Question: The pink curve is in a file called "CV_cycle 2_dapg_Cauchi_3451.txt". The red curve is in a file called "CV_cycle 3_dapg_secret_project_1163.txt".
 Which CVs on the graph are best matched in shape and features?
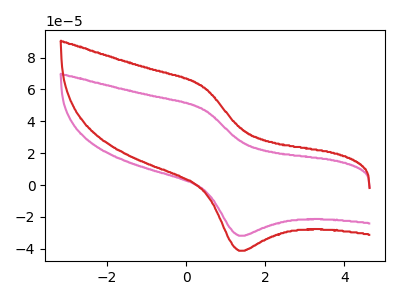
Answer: <think>The pink curve "dapg_cycle 2" has an anodic peak at (0.45V, 47.20uA) and a cathodic peak at (1.35V, -31.80uA). The red curve "dapg_cycle 3" has an anodic peak at (0.45V, 61.20uA) and a cathodic peak at (1.35V, -41.25uA).
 All the peaks in "dapg_cycle 2" have a peak in "dapg_cycle 3" at the same potential. Every peak in "dapg_cycle 2" is lower than every peak in "dapg_cycle 3".</think>
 <answer>"dapg_cycle 2" and "dapg_cycle 3" have the same shape and are likely CV's of the same chemical.</answer>
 <eval>"dapg_cycle 2" "dapg_cycle 3"</eval>